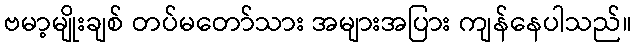
ဗမာ့မျိုးချစ် တပ်မတော်သား အများအပြား ကျန်နေပါသည်။